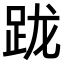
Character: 𨀁